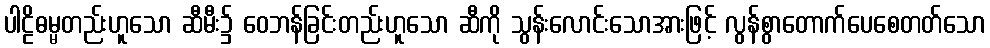
ပါဠိဓမ္မတည်းဟူသော ဆီမီး၌ ဝေဘန်ခြင်းတည်းဟူသော ဆီကို သွန်းလောင်းသောအားဖြင့် လွန်စွာတောက်ပေစေတတ်သော